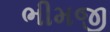
ભીમજી